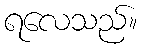
ရလေသည်။